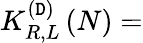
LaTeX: K_{R,L}^{\left(\mathtt{D}\right)}\left(N\right)=